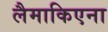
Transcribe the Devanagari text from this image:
लैमाकिएना